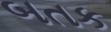
બતક